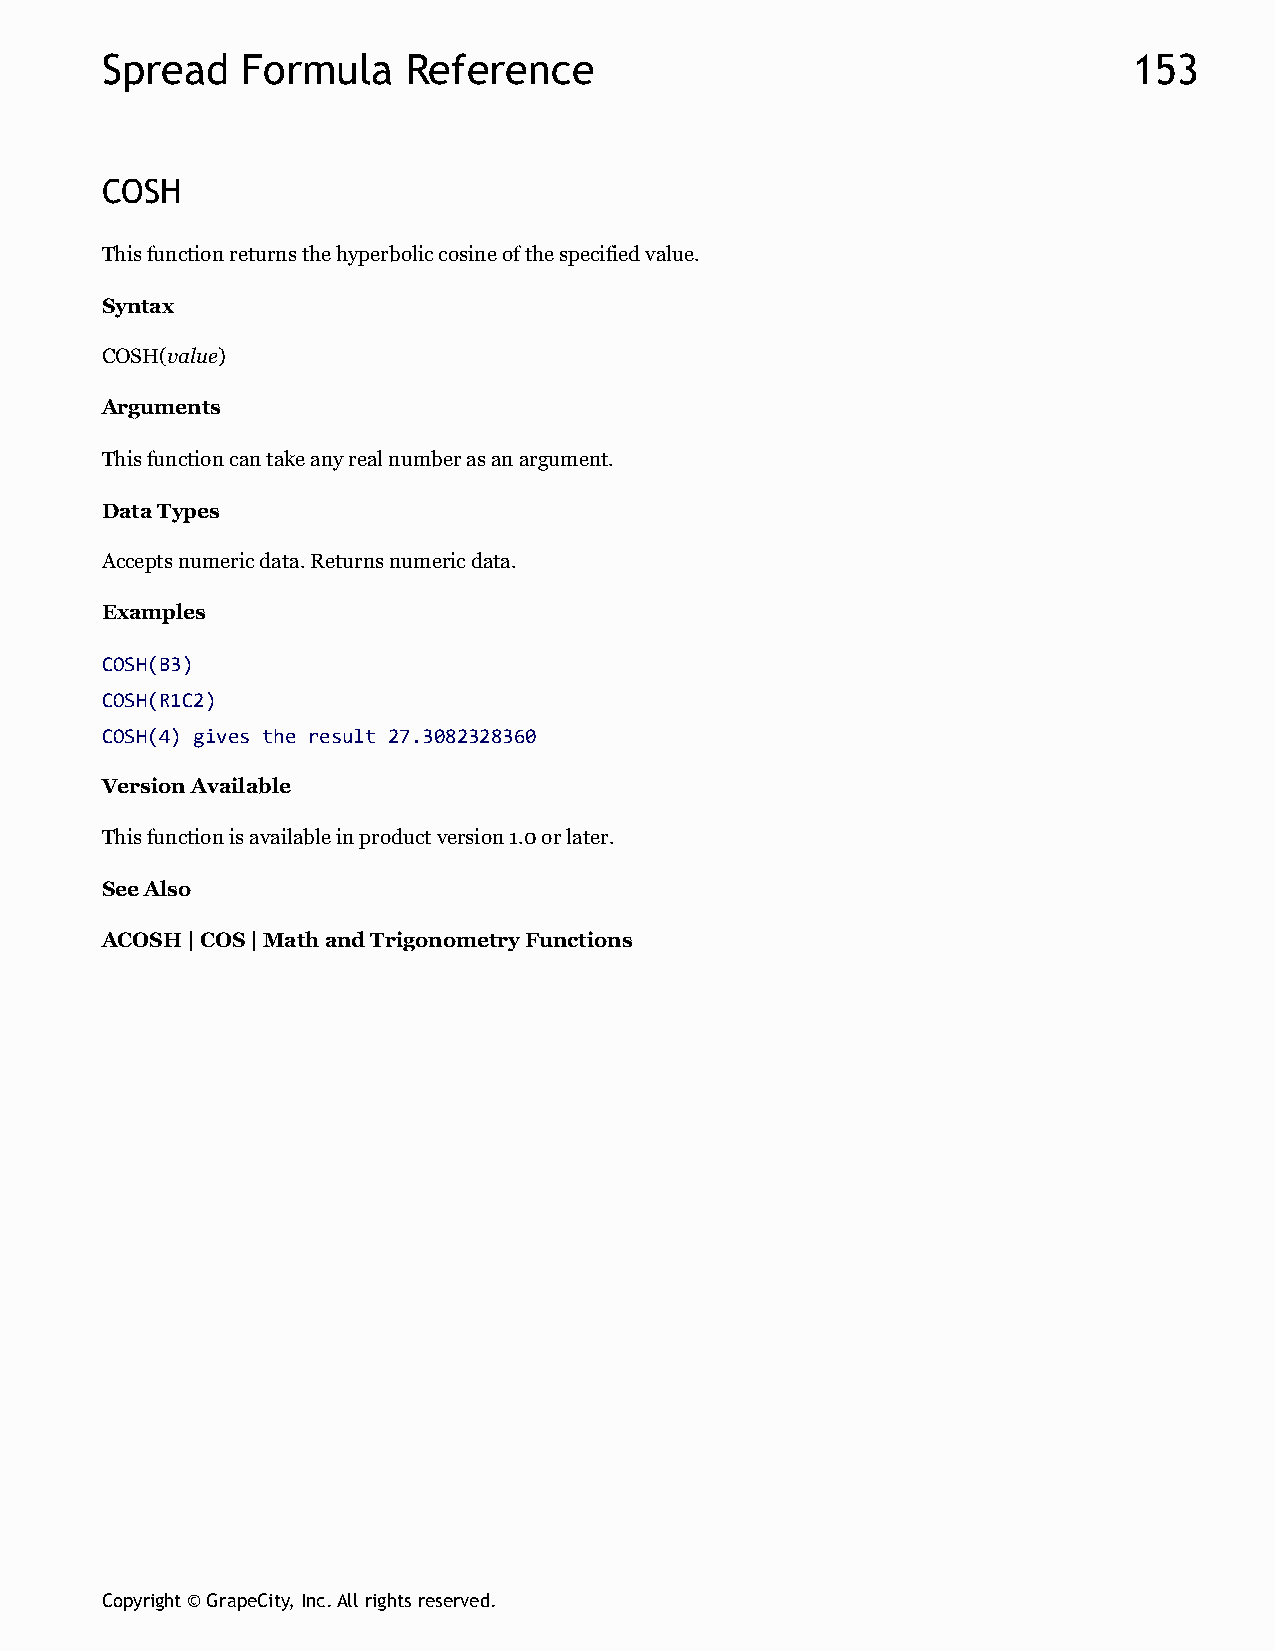
Spread   Formula    Reference                                       153
 COSH
 This function returns the hyperbolic cosine of the specified value.
 Syntax
 COSH(value)
 Arguments
 This function can take any real number as an argument.
 Data Types
 Accepts numeric data. Returns numeric data.
 Examples
 COSH(B3)
 COSH(R1C2)
 COSH(4) gives the result 27.3082328360
 Version Available
 This function is available in product version 1.0 or later.
 See Also
 ACOSH | COS | Math and Trigonometry Functions
 Copyright © GrapeCity, Inc. All rights reserved.